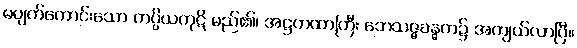
မပျက်ကောင်းသော ကပ္ပိယကုဋိ မည်၏၊ အဋ္ဌကထာကြီး ဘေသဇ္ဇခန္ဓက၌ အကျယ်လာပြီ။